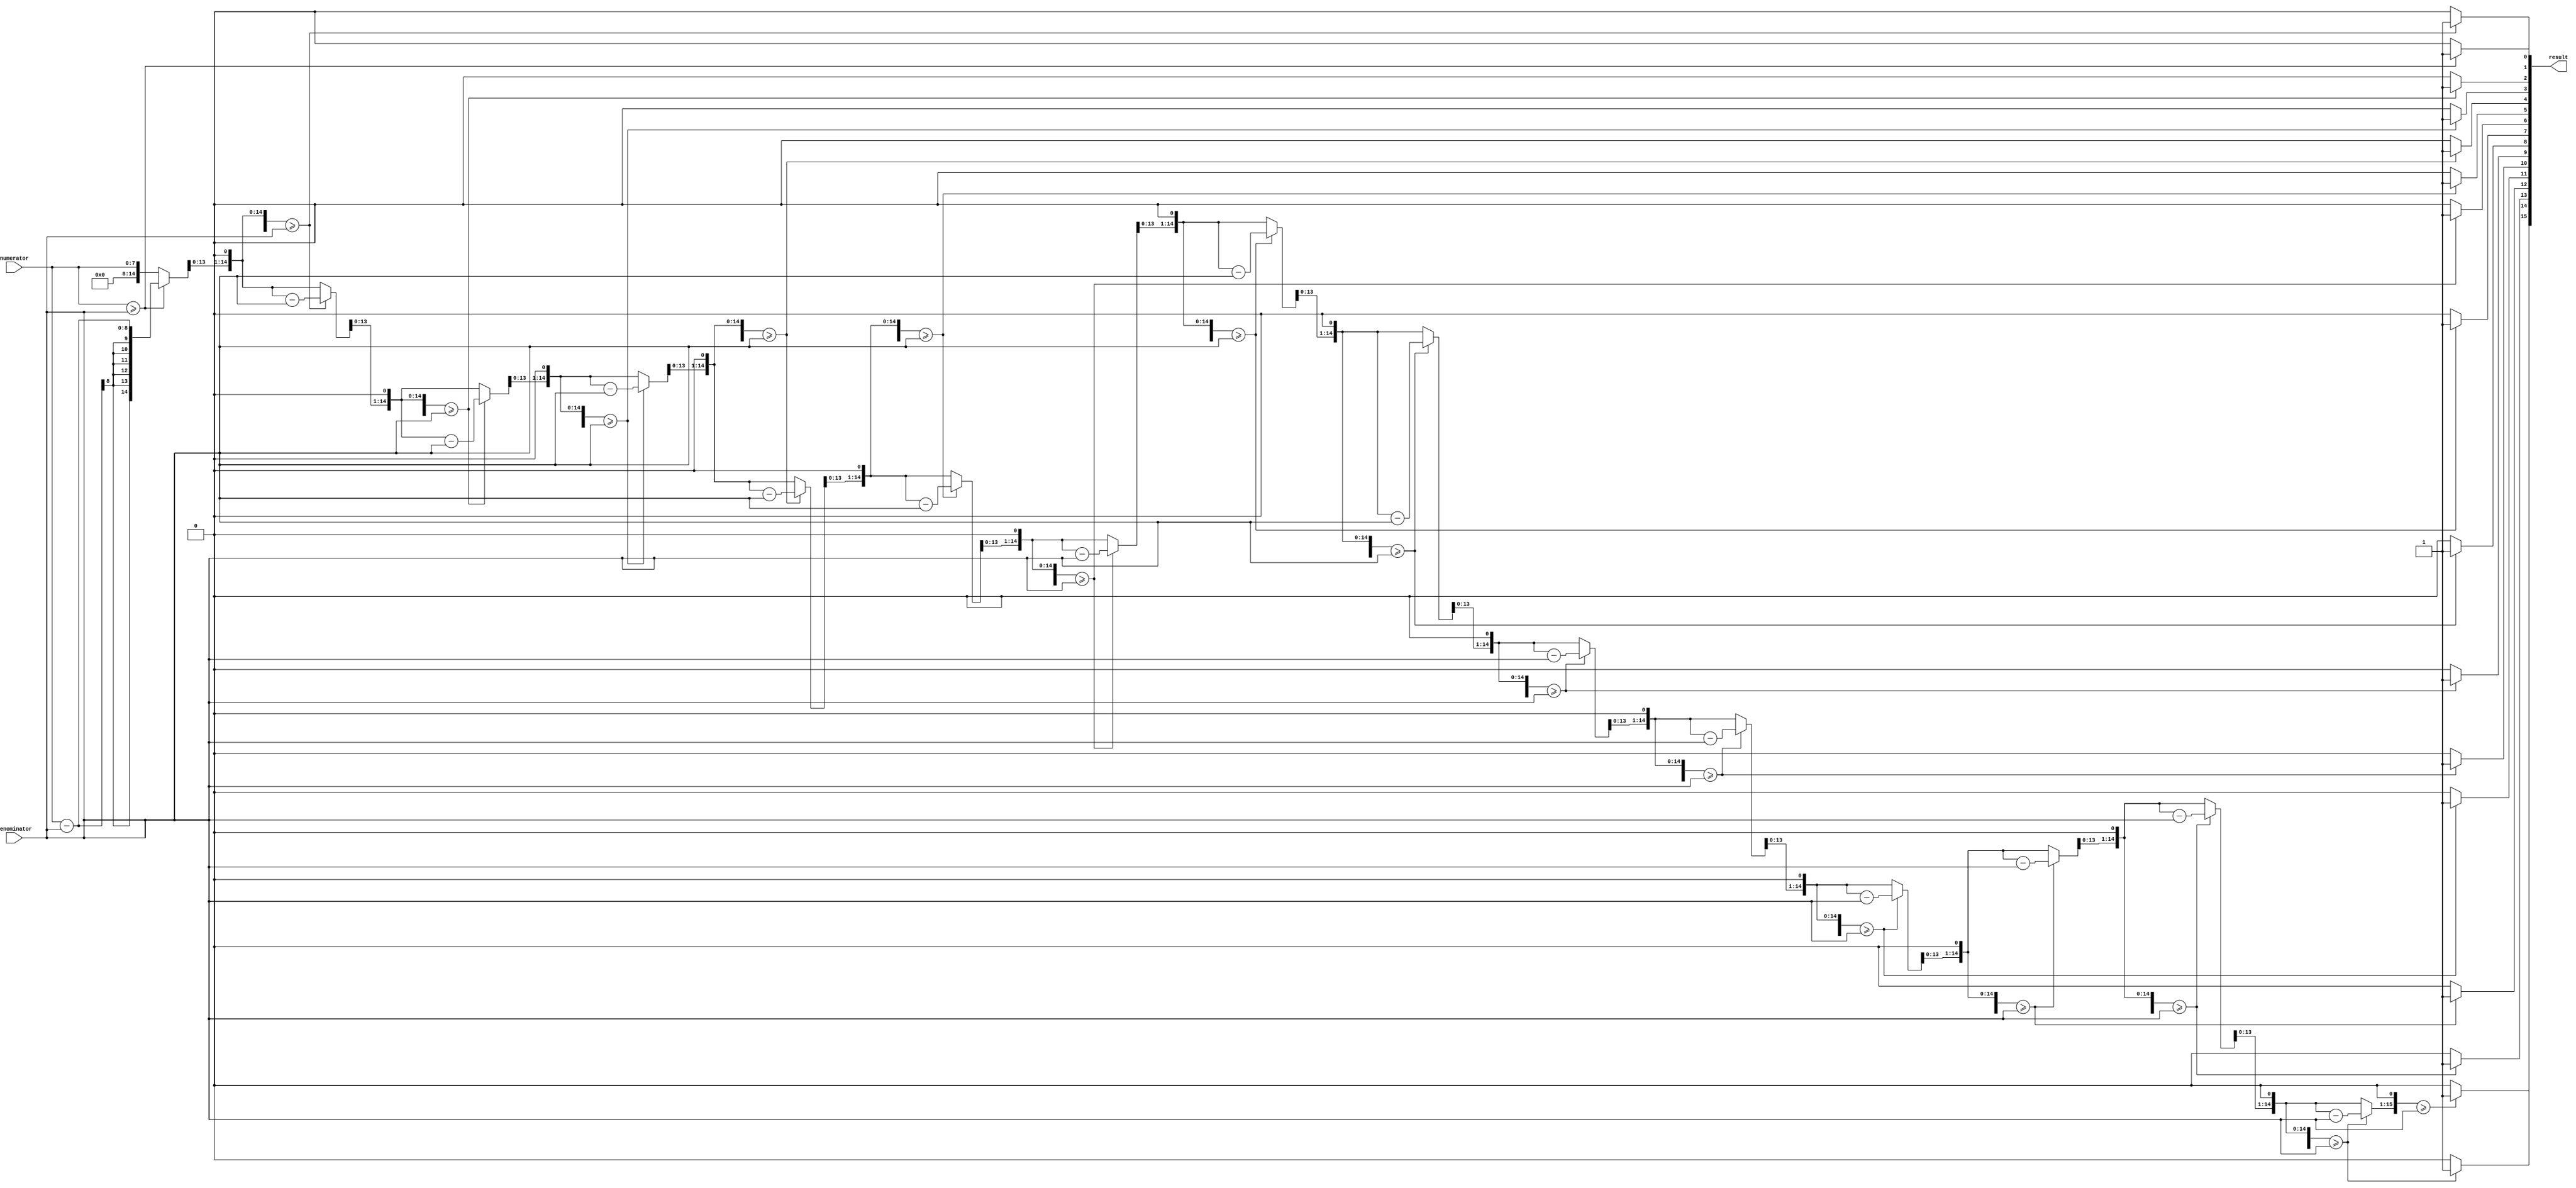
module FractionalDivider(input [7:0] numerator, input [7:0] denominator, output reg [15:0] result);

reg [15:0] numerator_extended;
reg [15:0] quotient;
integer i;

always @(*)
begin
   numerator_extended = numerator;
   for(i = 0; i < 16; i = i + 1)
   begin
      if(numerator_extended >= denominator)
      begin
         numerator_extended = numerator_extended - denominator;
         quotient[i] = 1;
      end
      else
      begin
         quotient[i] = 0;
      end
      numerator_extended = numerator_extended << 1;
   end
end

assign result = quotient;

endmodule